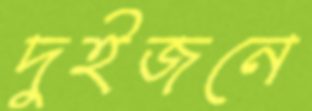
দুইজনে